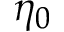
\eta _ { 0 }